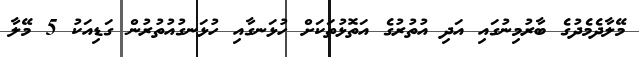
މޭލާދެމެދުގެ ބާރުމިނުގައި އަދި އުތުރުގެ އަތޮޅުތަކަށް ހުޅަނގާއި ހުޅަނގުއުތުރުން ގަޑިއަކު 5 މޭލާ